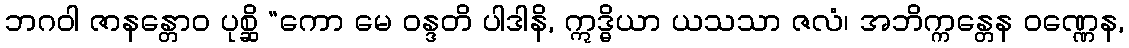
ဘဂဝါ ဇာနန္တောဝ ပုစ္ဆိ “ကော မေ ဝန္ဒတိ ပါဒါနိ, ဣဒ္ဓိယာ ယသသာ ဇလံ၊ အဘိက္ကန္တေန ဝဏ္ဏေန,